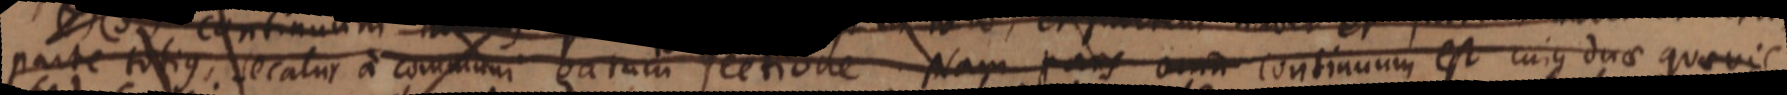
parte totius secatur a communi earum sectione Nam pars omn continuum est cujus duae quaevis